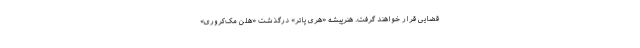
قضایی قرار خواهند گرفت. هنرپیشه «هری پاتر» درگذشت «هلن مک‌کروری»